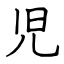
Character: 児